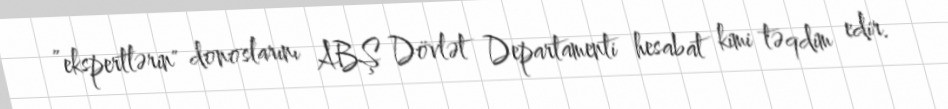
”ekspertlərin" donoslarını ABŞ Dövlət Departamenti hesabat kimi təqdim edir.